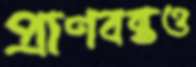
প্রাণবন্তও